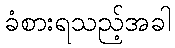
ခံစားရသည့်အခါ